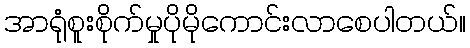
အာရုံစူးစိုက်မှုပိုမိုကောင်းလာစေပါတယ်။